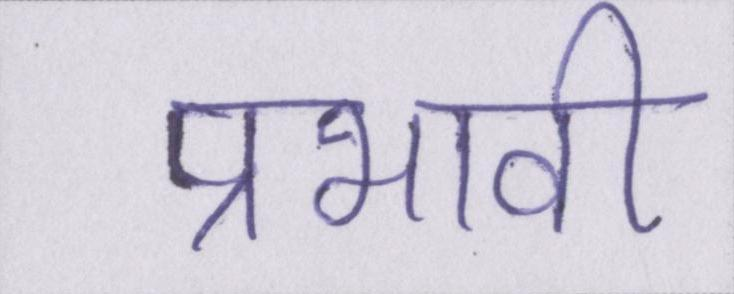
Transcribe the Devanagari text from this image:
प्रभावी